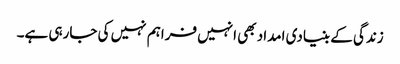
زندگی کے بنیادی امداد بھی انہیں فراہم نہیں کی جارہی ہے۔